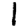
Digit: 1